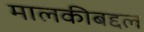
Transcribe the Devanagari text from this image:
मालकीबद्दल